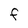
Character: F